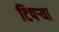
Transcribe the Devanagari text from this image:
टिपऱ्या